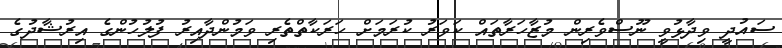
ސައުދީ ވިދާޅުވީ ނޫސްވެރިން މުޒާހަރާތައް ކަވަރު ކުރަމަށް ހަރަކާތްތެރި ވަމުންދާއިރު ފުލުހުންގެ އިރުޝާދުގެ